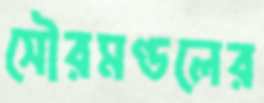
সৌরমণ্ডলের